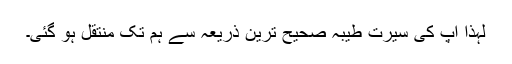
لہذا آپ کی سیرت طیبہ صحیح ترین ذریعہ سے ہم تک منتقل ہو گئی۔